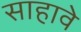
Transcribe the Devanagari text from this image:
साहावे